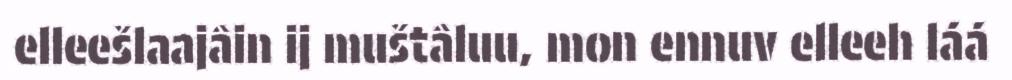
elleešlaajâin ij muštâluu, mon ennuv elleeh láá